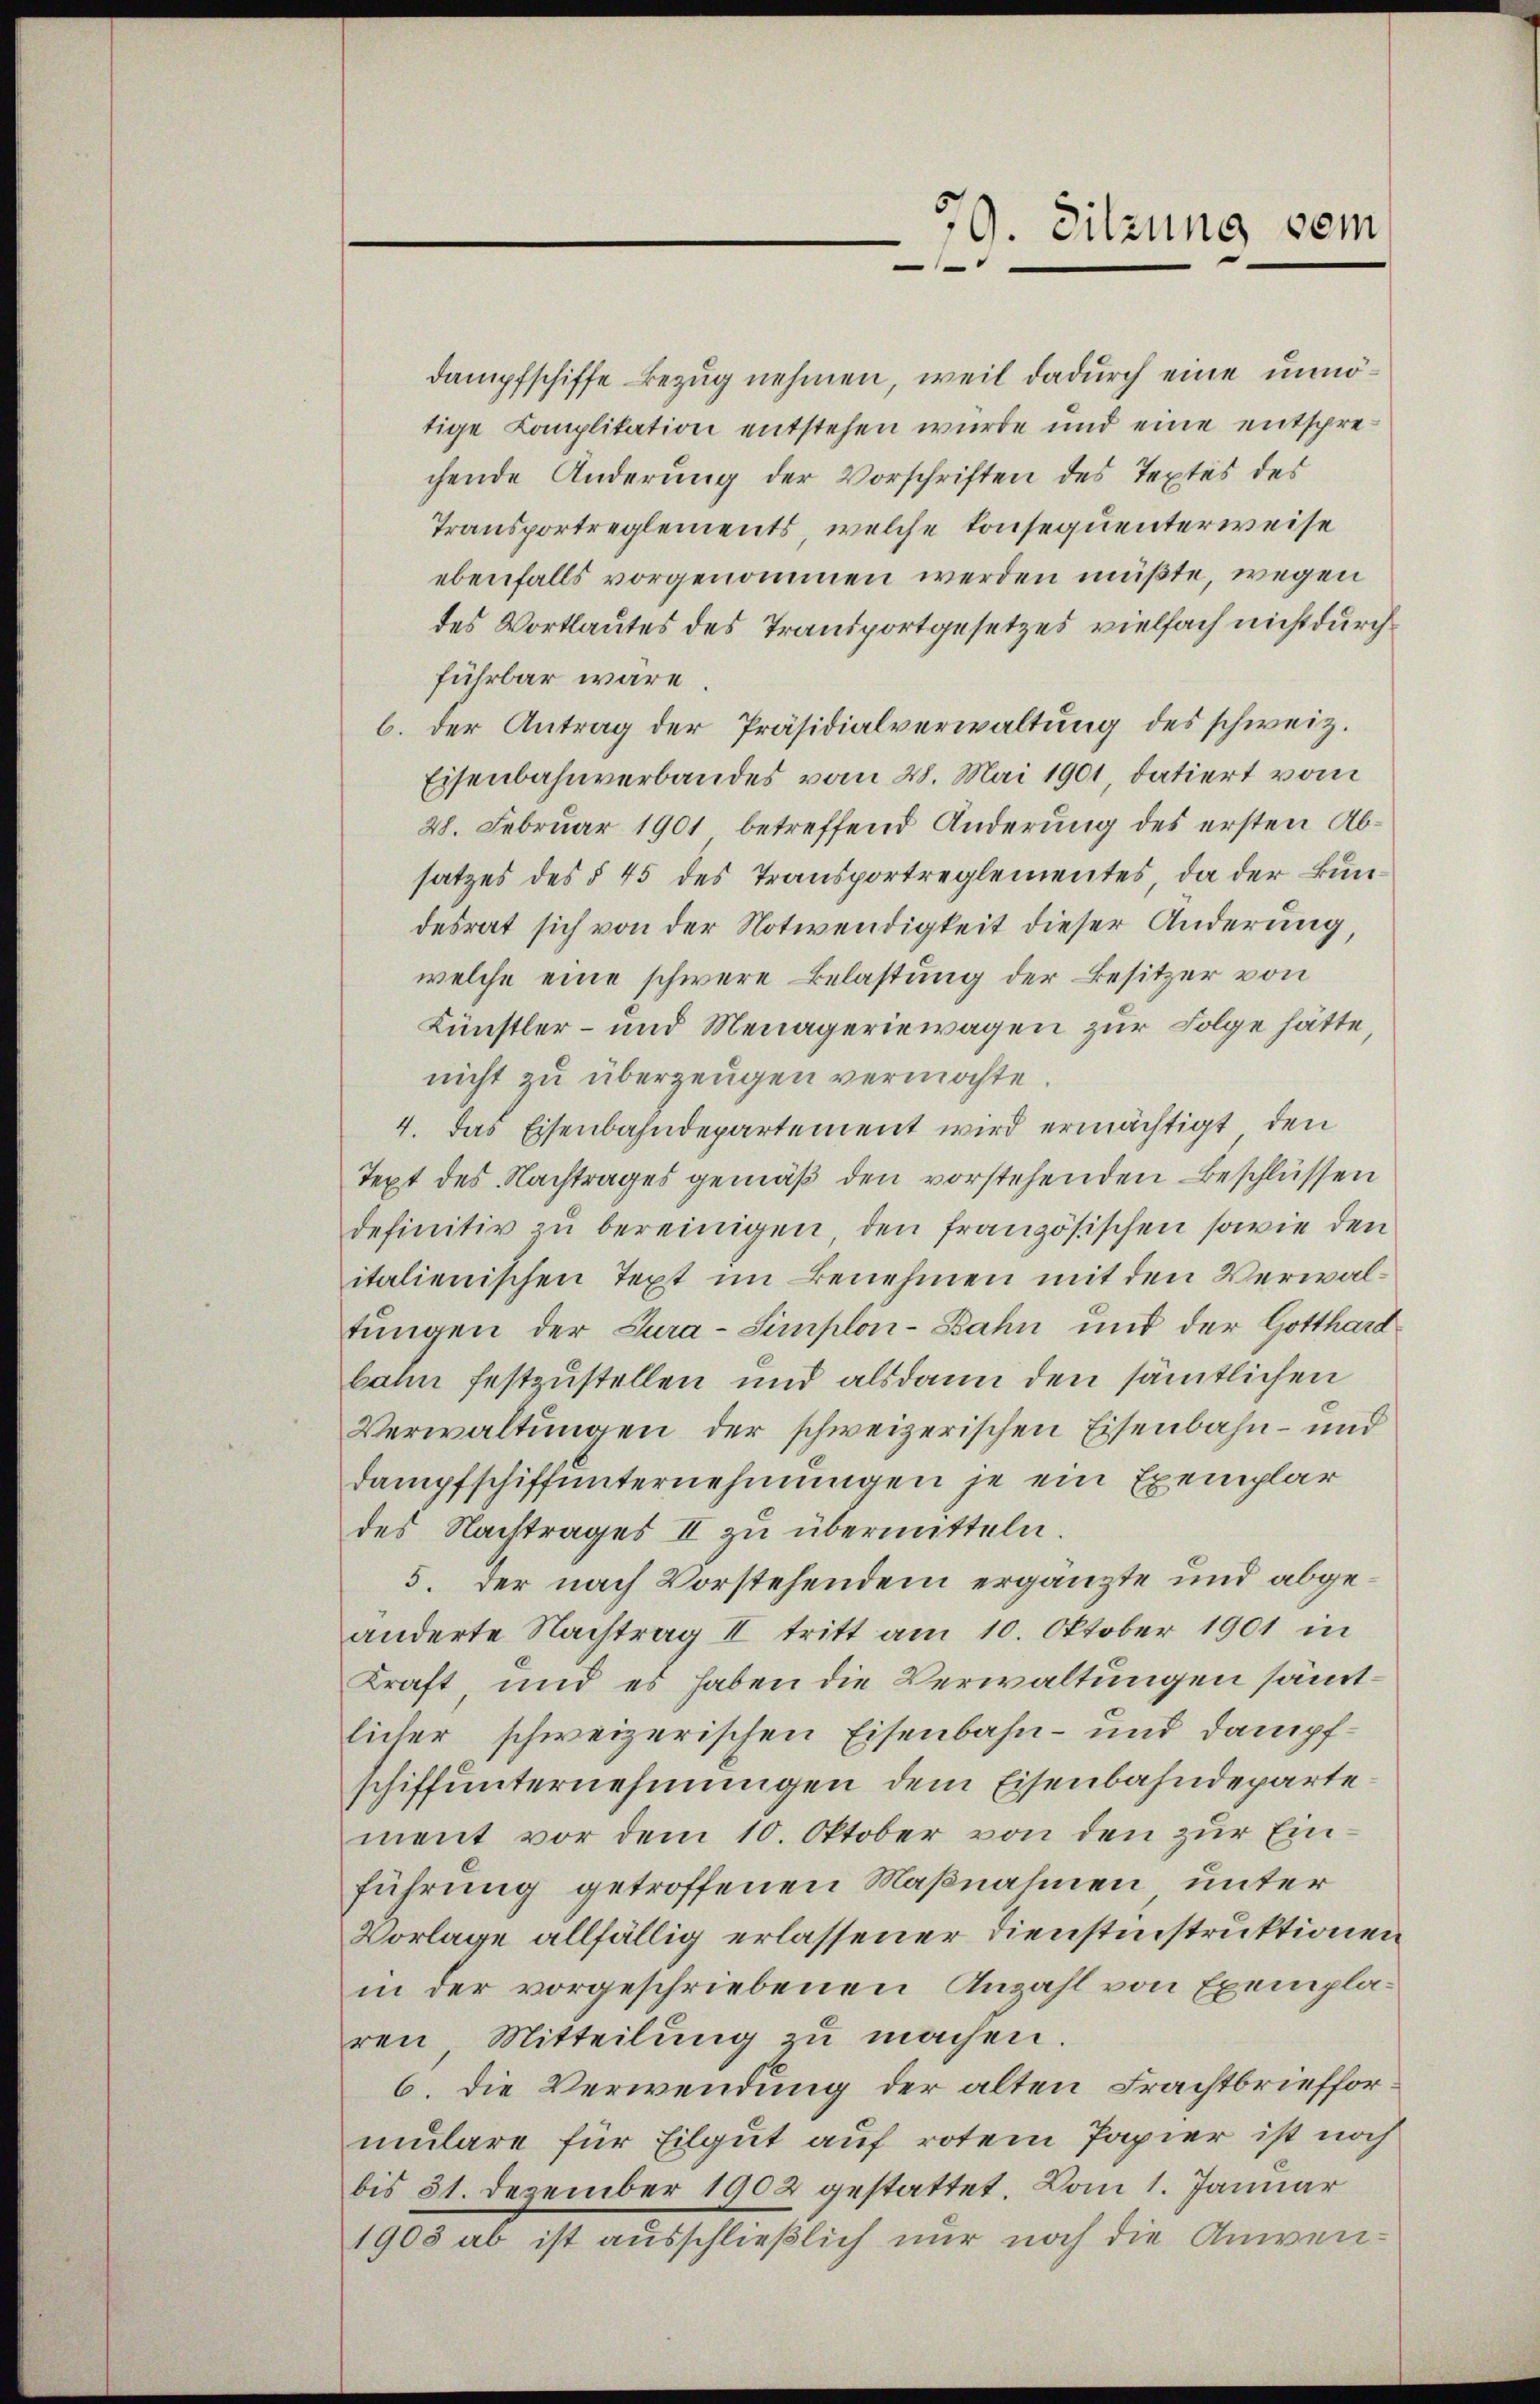
39. Sitzung dem
.

dampfschiffe Bezug nehmen, weil dadurch eine unnötige Complikation entstehen wurde und eine entsprechende Änderung der Vorschriften des Textes des
Transportreglements, welche konsequenterweise
ebenfalls vorgenommen werden müßte, wegen
des Wortlautes des Transportgesetzes vielfach nicht durch
führbar wäre.
b. der Antrag der Präsidialverwaltung des schweiz.
Eisenbahnverbandes vom 28. Mai 1901, datiert vom
28. Februar 1901 betreffend Änderung des ersten Absatzes des § 45 des Transportreglementes, da der Bundesrat sich von der Notwendigkeit dieser Änderung,
welche eine schwere Belastung der Besitzer von
Künstler- und Menageriewagen zur Folge hätte
nicht zu überzeugen vermöchte.
4. Das Eisenbahndepartement wird ermächtigt, den
Text des Nachtrages gemäß den vorstehenden Beschlüssen
definitiv zu bereinigen, den französischen sowie den
italienischen Text im Benehmen mit den Verwaltungen der Cura-Simplon-Bahn und der Gotthard
bahn festzustellen und alsdann den sämtlichen
Verwaltungen der schweizerischen Eisenbahn- und
Dampfschiffunternehmungen je ein Exemplar
des Nachtrages II zu übermitteln.
5. der nach Vorstehendem ergänzte und abgeänderte Nachtrag II tritt am 10. Oktober 1901 in
Kraft, und es haben die Verwaltungen sämmtlicher schweizerischen Eisenbahn- und Dampfschiffunternehmungen dem Eisenbahndepartement vor dem 10. Oktober von den zur Einführung getroffenen Maßnahmen unter
Vorlage allfällig erlassener Dienstinstruktionen
in der vorgeschriebenen Anzahl von Exemplaren Mitteilung zu machen.
6. Die Verwendung der alten Frachtbriefformulare für Eilgut auf rotem Papier ist noch
bis 31. Dezember 1902 gestattet. Vom 1. Januar
1905 ab ist ausschließlich nur noch die Anwen¬